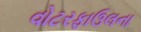
વોટરફાઉલના